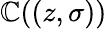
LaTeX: \mathbb{C}((z,\sigma))